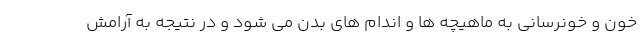
خون و خونرسانی به ماهیچه ها و اندام های بدن می شود و در نتیجه به آرامش